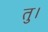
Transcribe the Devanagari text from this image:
तु।